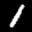
Label: 1